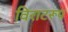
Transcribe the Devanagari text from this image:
विराटरूप